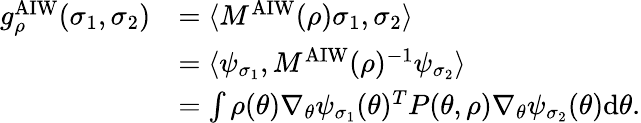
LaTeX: \begin{array}{rl}{g_{\rho}^{\mathrm{AIW}}(\sigma_{1},\sigma_{2})}&{=\langle M^{\mathrm{AIW}}(\rho)\sigma_{1},\sigma_{2}\rangle}\\ &{=\langle\psi_{\sigma_{1}},M^{\mathrm{AIW}}(\rho)^{-1}\psi_{\sigma_{2}}\rangle}\\ &{=\int\rho(\theta)\nabla_{\theta}\psi_{\sigma_{1}}(\theta)^{T}P(\theta,\rho)\nabla_{\theta}\psi_{\sigma_{2}}(\theta)\mathrm{d}\theta.}\end{array}